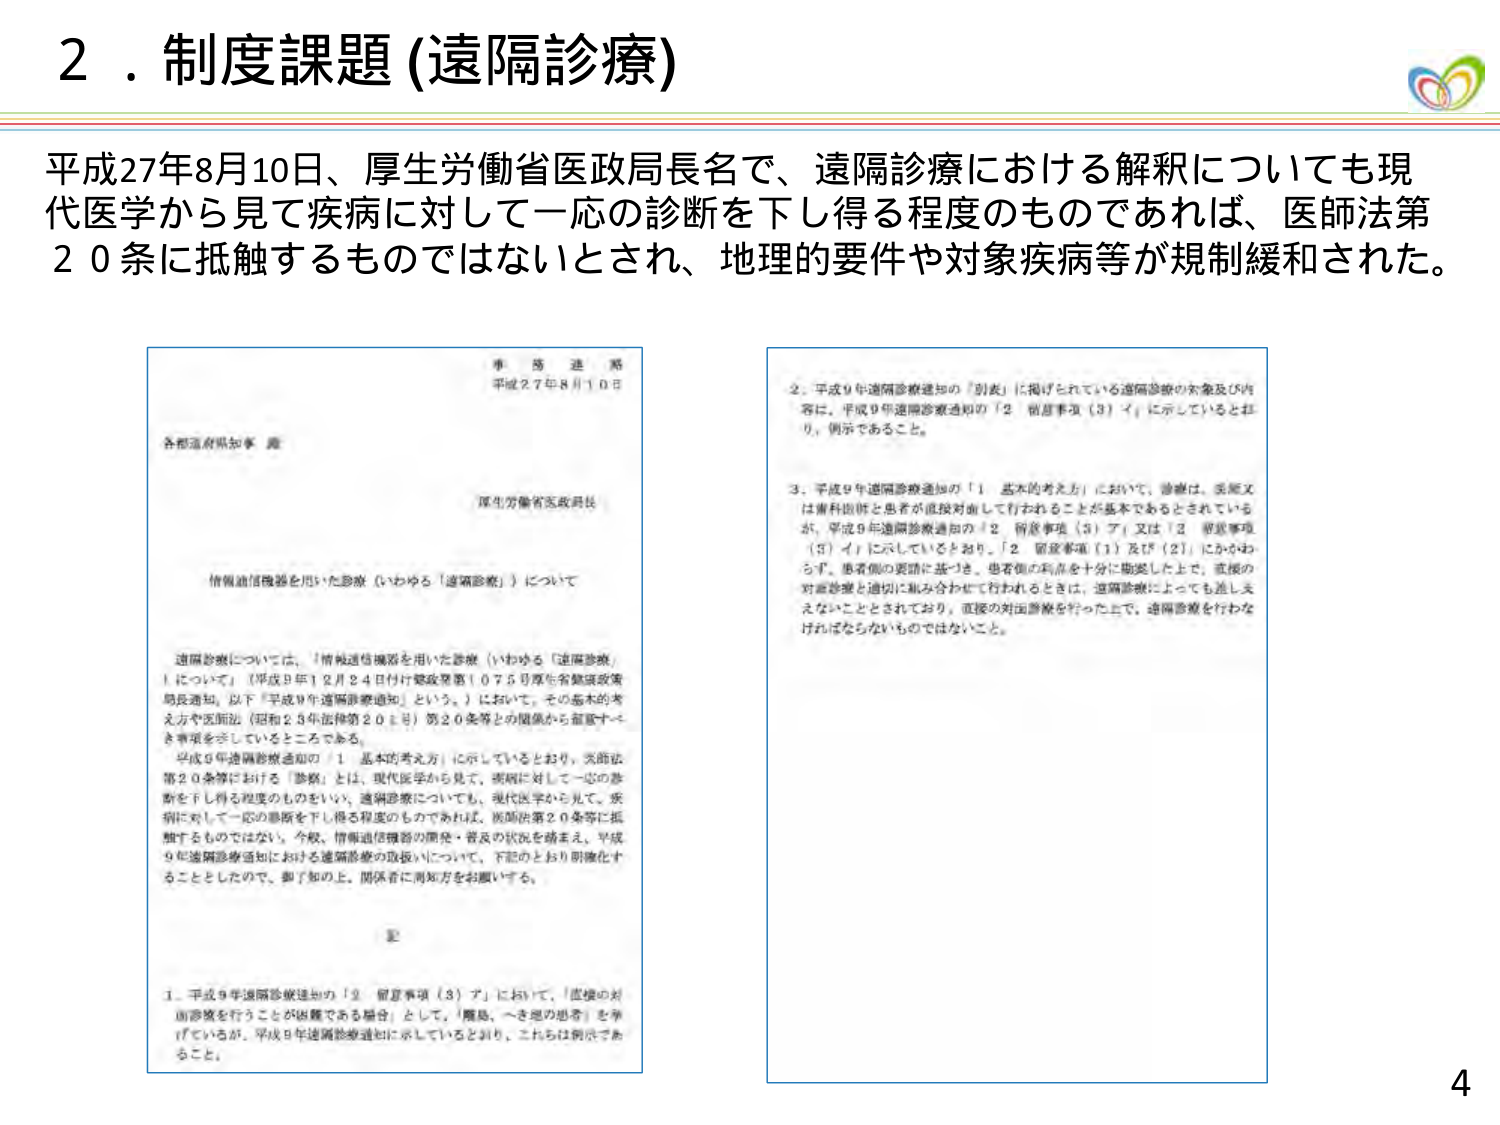
2．制度課題（遠隔診療）

平成27年8月10日、厚生労働省医政局長名で、遠隔診療における解釈についても現代医学から見て疾病に対して一応の診断を下し得る程度のものであれば、医師法第20条に抵触するものではないとされ、地理的要件や対象疾病等が規制緩和された。

事務連絡
平成27年8月10日

各都道府県知事 殿

厚生労働省医政局長

情報通信機器を用いた診療（いわゆる「遠隔診療」）について

遠隔診療については、「情報通信機器を用いた診療（いわゆる「遠隔診療」）について」（平成9年12月24日付け健政発第1075号厚生省医政局長通知。以下「平成9年遠隔診療通知」という。）において、その基本的考え方や医師法（昭和25年法律第200号）第20条等との関係から留意すべき事項を示しているところである。

平成9年遠隔診療通知の「1 基本的考え方」に示しているとおり、医師法第20条等における「診療」とは、現代医学から見て、疾病に対して一応の診断を下し得る程度のものをいい、遠隔診療についても、現代医学から見て、疾病に対して一応の診断を下し得る程度のものであれば、医師法第20条等に抵触するものではない。今般、情報通信機器の開発・普及の状況を踏まえ、平成9年遠隔診療通知における遠隔診療の取扱いについて、下記のとおり明確化することとしたので、御了知の上、関係者に周知方をお願いする。

記

1．平成9年遠隔診療通知の「2 留意事項（3）ア」において、「直接の対面診療を行うことが困難である場合」として、「離島、一時地の患者」を挙げているが、平成9年遠隔診療通知に示しているとおり、これらは例示である。

2．平成9年遠隔診療通知の「別表」に掲げられている遠隔診療の対象及び内容は、平成9年遠隔診療通知の「2 留意事項（3）イ」に示しているとおり、例示である。

3．平成9年遠隔診療通知の「1 基本的考え方」において、診療は、医師又は歯科医師と患者が直接対面して行われることが基本であるとされているが、平成9年遠隔診療通知の「2 留意事項（3）ア」又は「2 留意事項（3）イ」に示しているとおり、「2 留意事項（1）及び（2）」にかかわらず、患者側の要請に基づき、患者側の利点を十分に勘案した上で、直接の対面診療と適切に組み合わせて行われるときは、遠隔診療によっても差し支えないこととされており、直接の対面診療を行った上で、遠隔診療を行わなければならないものではないこと。

4